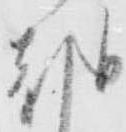
朝